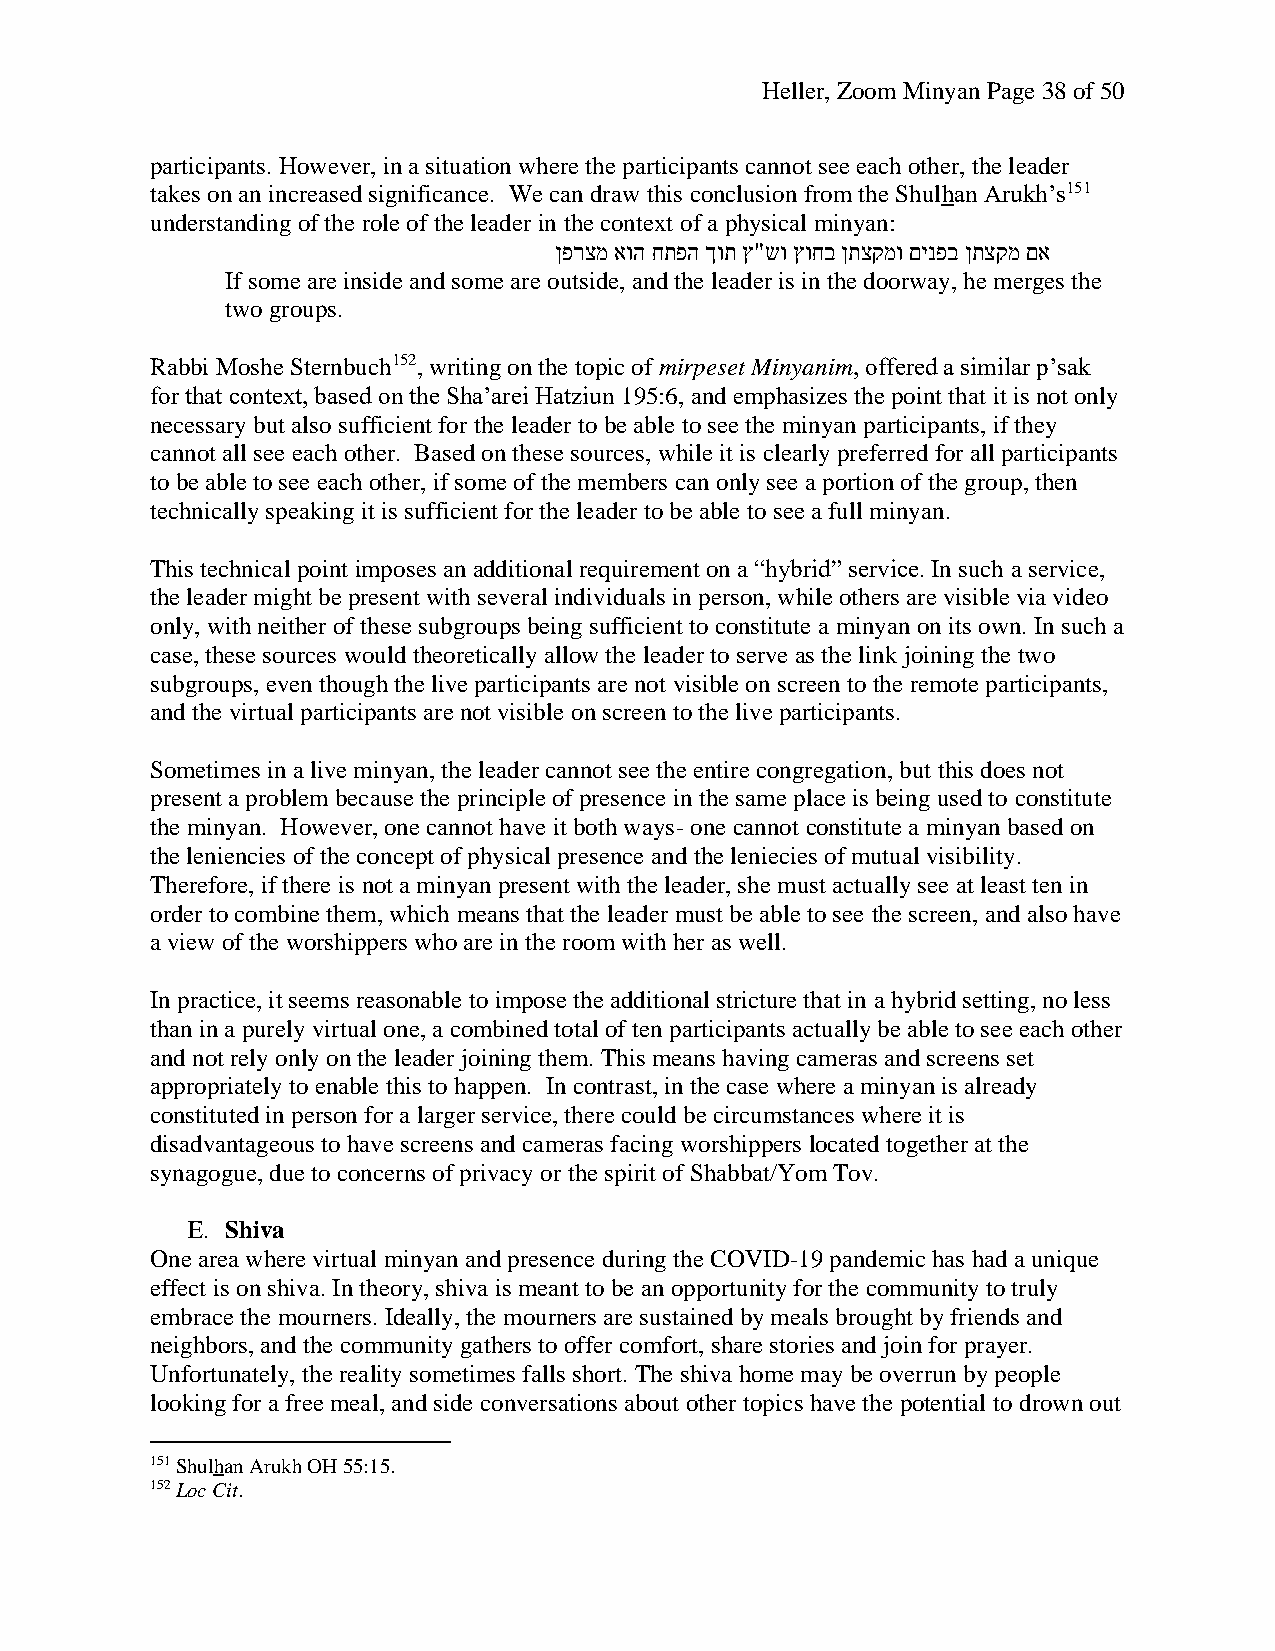
Heller, Zoom Minyan Page 38 of 50
 participants. However, in a situation where the participants cannot see each other, the leader
 takes on an increased significance. We can draw this conclusion from the Shulhan Arukh’s151
 understanding of the role of the leader in the context of a physical minyan:
 ןפרצמ אוה חתפה ךות ץ"שו ץוחב ןתצקמו םינפב ןתצקמ םא
 If some are inside and some are outside, and the leader is in the doorway, he merges the
 two groups.
 Rabbi Moshe Sternbuch152, writing on the topic of mirpeset Minyanim, offered a similar p’sak
 for that context, based on the Sha’arei Hatziun 195:6, and emphasizes the point that it is not only
 necessary but also sufficient for the leader to be able to see the minyan participants, if they
 cannot all see each other. Based on these sources, while it is clearly preferred for all participants
 to be able to see each other, if some of the members can only see a portion of the group, then
 technically speaking it is sufficient for the leader to be able to see a full minyan.
 This technical point imposes an additional requirement on a “hybrid” service. In such a service,
 the leader might be present with several individuals in person, while others are visible via video
 only, with neither of these subgroups being sufficient to constitute a minyan on its own. In such a
 case, these sources would theoretically allow the leader to serve as the link joining the two
 subgroups, even though the live participants are not visible on screen to the remote participants,
 and the virtual participants are not visible on screen to the live participants.
 Sometimes in a live minyan, the leader cannot see the entire congregation, but this does not
 present a problem because the principle of presence in the same place is being used to constitute
 the minyan. However, one cannot have it both ways- one cannot constitute a minyan based on
 the leniencies of the concept of physical presence and the leniecies of mutual visibility.
 Therefore, if there is not a minyan present with the leader, she must actually see at least ten in
 order to combine them, which means that the leader must be able to see the screen, and also have
 a view of the worshippers who are in the room with her as well.
 In practice, it seems reasonable to impose the additional stricture that in a hybrid setting, no less
 than in a purely virtual one, a combined total of ten participants actually be able to see each other
 and not rely only on the leader joining them. This means having cameras and screens set
 appropriately to enable this to happen. In contrast, in the case where a minyan is already
 constituted in person for a larger service, there could be circumstances where it is
 disadvantageous to have screens and cameras facing worshippers located together at the
 synagogue, due to concerns of privacy or the spirit of Shabbat/Yom Tov.
 E. Shiva
 One area where virtual minyan and presence during the COVID-19 pandemic has had a unique
 effect is on shiva. In theory, shiva is meant to be an opportunity for the community to truly
 embrace the mourners. Ideally, the mourners are sustained by meals brought by friends and
 neighbors, and the community gathers to offer comfort, share stories and join for prayer.
 Unfortunately, the reality sometimes falls short. The shiva home may be overrun by people
 looking for a free meal, and side conversations about other topics have the potential to drown out
 151 Shulhan Arukh OH 55:15.
 152 Loc Cit.